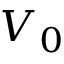
V _ { 0 }